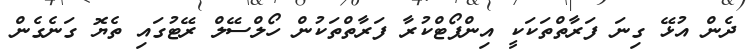
ދެން އުޅޭ ގިނަ ފަރާތްތަކަކީ އިންޕޯޓްކުރާ ފަރާތްތަކުން ހޯލްސޭލް ރޭޓުގައި ތެޔޮ ގަނެގެން